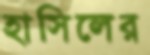
হাসিলের